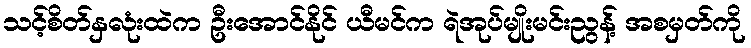
သင့်စိတ်နှလုံးထဲက ဦးအောင်နိုင် ယီမင်က ရဲအုပ်မျိုးမင်းညွန့် အစမှတ်ကို